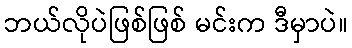
ဘယ်လိုပဲဖြစ်ဖြစ် မင်းက ဒီမှာပဲ။